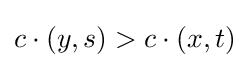
c\cdot (y,s)>c\cdot (x,t)